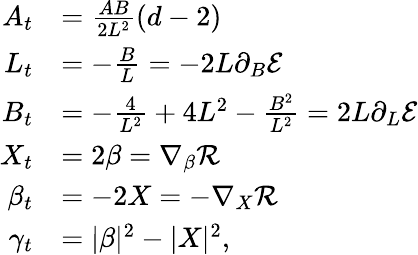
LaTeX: \begin{array}{rl}{A_{t}}&{=\frac{AB}{2L^{2}}(d-2)}\\ {L_{t}}&{=-\frac{B}{L}=-2L\partial_{B}\mathcal{E}}\\ {B_{t}}&{=-\frac{4}{L^{2}}+4L^{2}-\frac{B^{2}}{L^{2}}=2L\partial_{L}\mathcal{E}}\\ {X_{t}}&{=2\beta=\nabla_{\beta}\mathcal{R}}\\ {\beta_{t}}&{=-2X=-\nabla_{X}\mathcal{R}}\\ {\gamma_{t}}&{=|\beta|^{2}-|X|^{2},}\end{array}